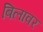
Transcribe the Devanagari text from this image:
बिलावर